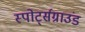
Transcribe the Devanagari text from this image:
स्पोर्ट्सग्राउंड